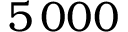
5 \, 0 0 0